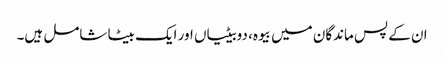
ان کے پس ماندگان میں بیوہ، دوبیٹیاں اور ایک بیٹا شامل ہیں۔